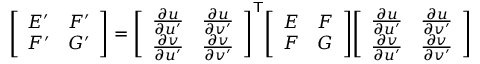
{ \left[ \begin{array} { l l } { E ^ { \prime } } & { F ^ { \prime } } \\ { F ^ { \prime } } & { G ^ { \prime } } \end{array} \right] } = { \left[ \begin{array} { l l } { { \frac { \partial u } { \partial u ^ { \prime } } } } & { { \frac { \partial u } { \partial v ^ { \prime } } } } \\ { { \frac { \partial v } { \partial u ^ { \prime } } } } & { { \frac { \partial v } { \partial v ^ { \prime } } } } \end{array} \right] } ^ { \mathsf { T } } { \left[ \begin{array} { l l } { E } & { F } \\ { F } & { G } \end{array} \right] } { \left[ \begin{array} { l l } { { \frac { \partial u } { \partial u ^ { \prime } } } } & { { \frac { \partial u } { \partial v ^ { \prime } } } } \\ { { \frac { \partial v } { \partial u ^ { \prime } } } } & { { \frac { \partial v } { \partial v ^ { \prime } } } } \end{array} \right] }